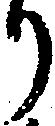
り